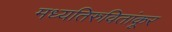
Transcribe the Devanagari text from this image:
मध्यतिरुवितांकूर